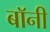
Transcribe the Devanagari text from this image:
बाॅनी